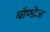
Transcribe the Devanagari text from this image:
बॉण्डेज